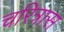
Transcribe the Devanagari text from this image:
चरित्रास